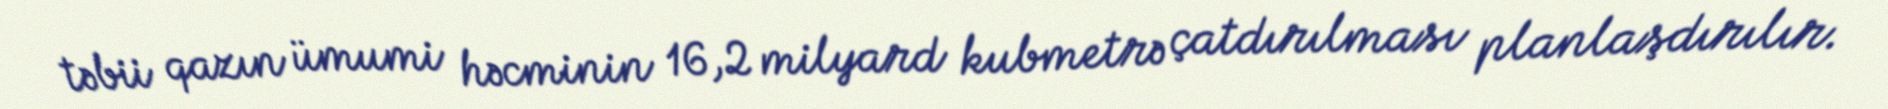
təbii qazın ümumi həcminin 16,2 milyard kubmetrə çatdırılması planlaşdırılır.